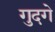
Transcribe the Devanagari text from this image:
गुदगे